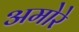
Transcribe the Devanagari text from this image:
अमोरे